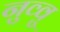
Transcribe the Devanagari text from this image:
नुव्वु